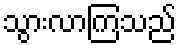
သွားလာကြသည်